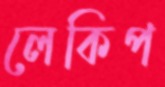
লেকিপ